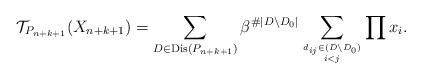
LaTeX: \begin{gather*} {\cal{T}}_{P_{n+k+1}}(X_{n+k+1}) = \sum_{D \in \operatorname{Dis}(P_{n+k+1})} \beta^{\#|D {\setminus} D_0|} \sum_{d_{ij} \in (D {\setminus} D_{0}) \atop i < j} \prod x_{i}. \end{gather*}